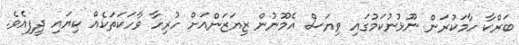
ބަރްކާ ހާމަކުރަން ނޫޅުނުކަމުގައި ވިޔަސް އެމޫނުން ޒިޔަޒަންއަށް ހުރިހާ ވާހަކަތަކެއް ކިޔައި ދީފިއެވެ.